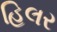
હિલર